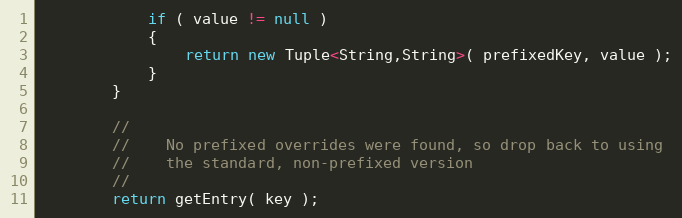
Language: Java
            if ( value != null )
            {
                return new Tuple<String,String>( prefixedKey, value );
            }
        }

        //
        //    No prefixed overrides were found, so drop back to using
        //    the standard, non-prefixed version
        //
        return getEntry( key );